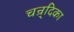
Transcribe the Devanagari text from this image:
चन्र्दिका